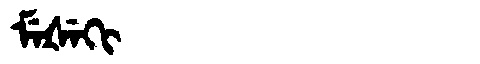
Manchu: ᠮᡝᡧᡝᡴᡳ
Romanization: MEŠEKI